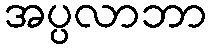
အပ္ပလာဘာ